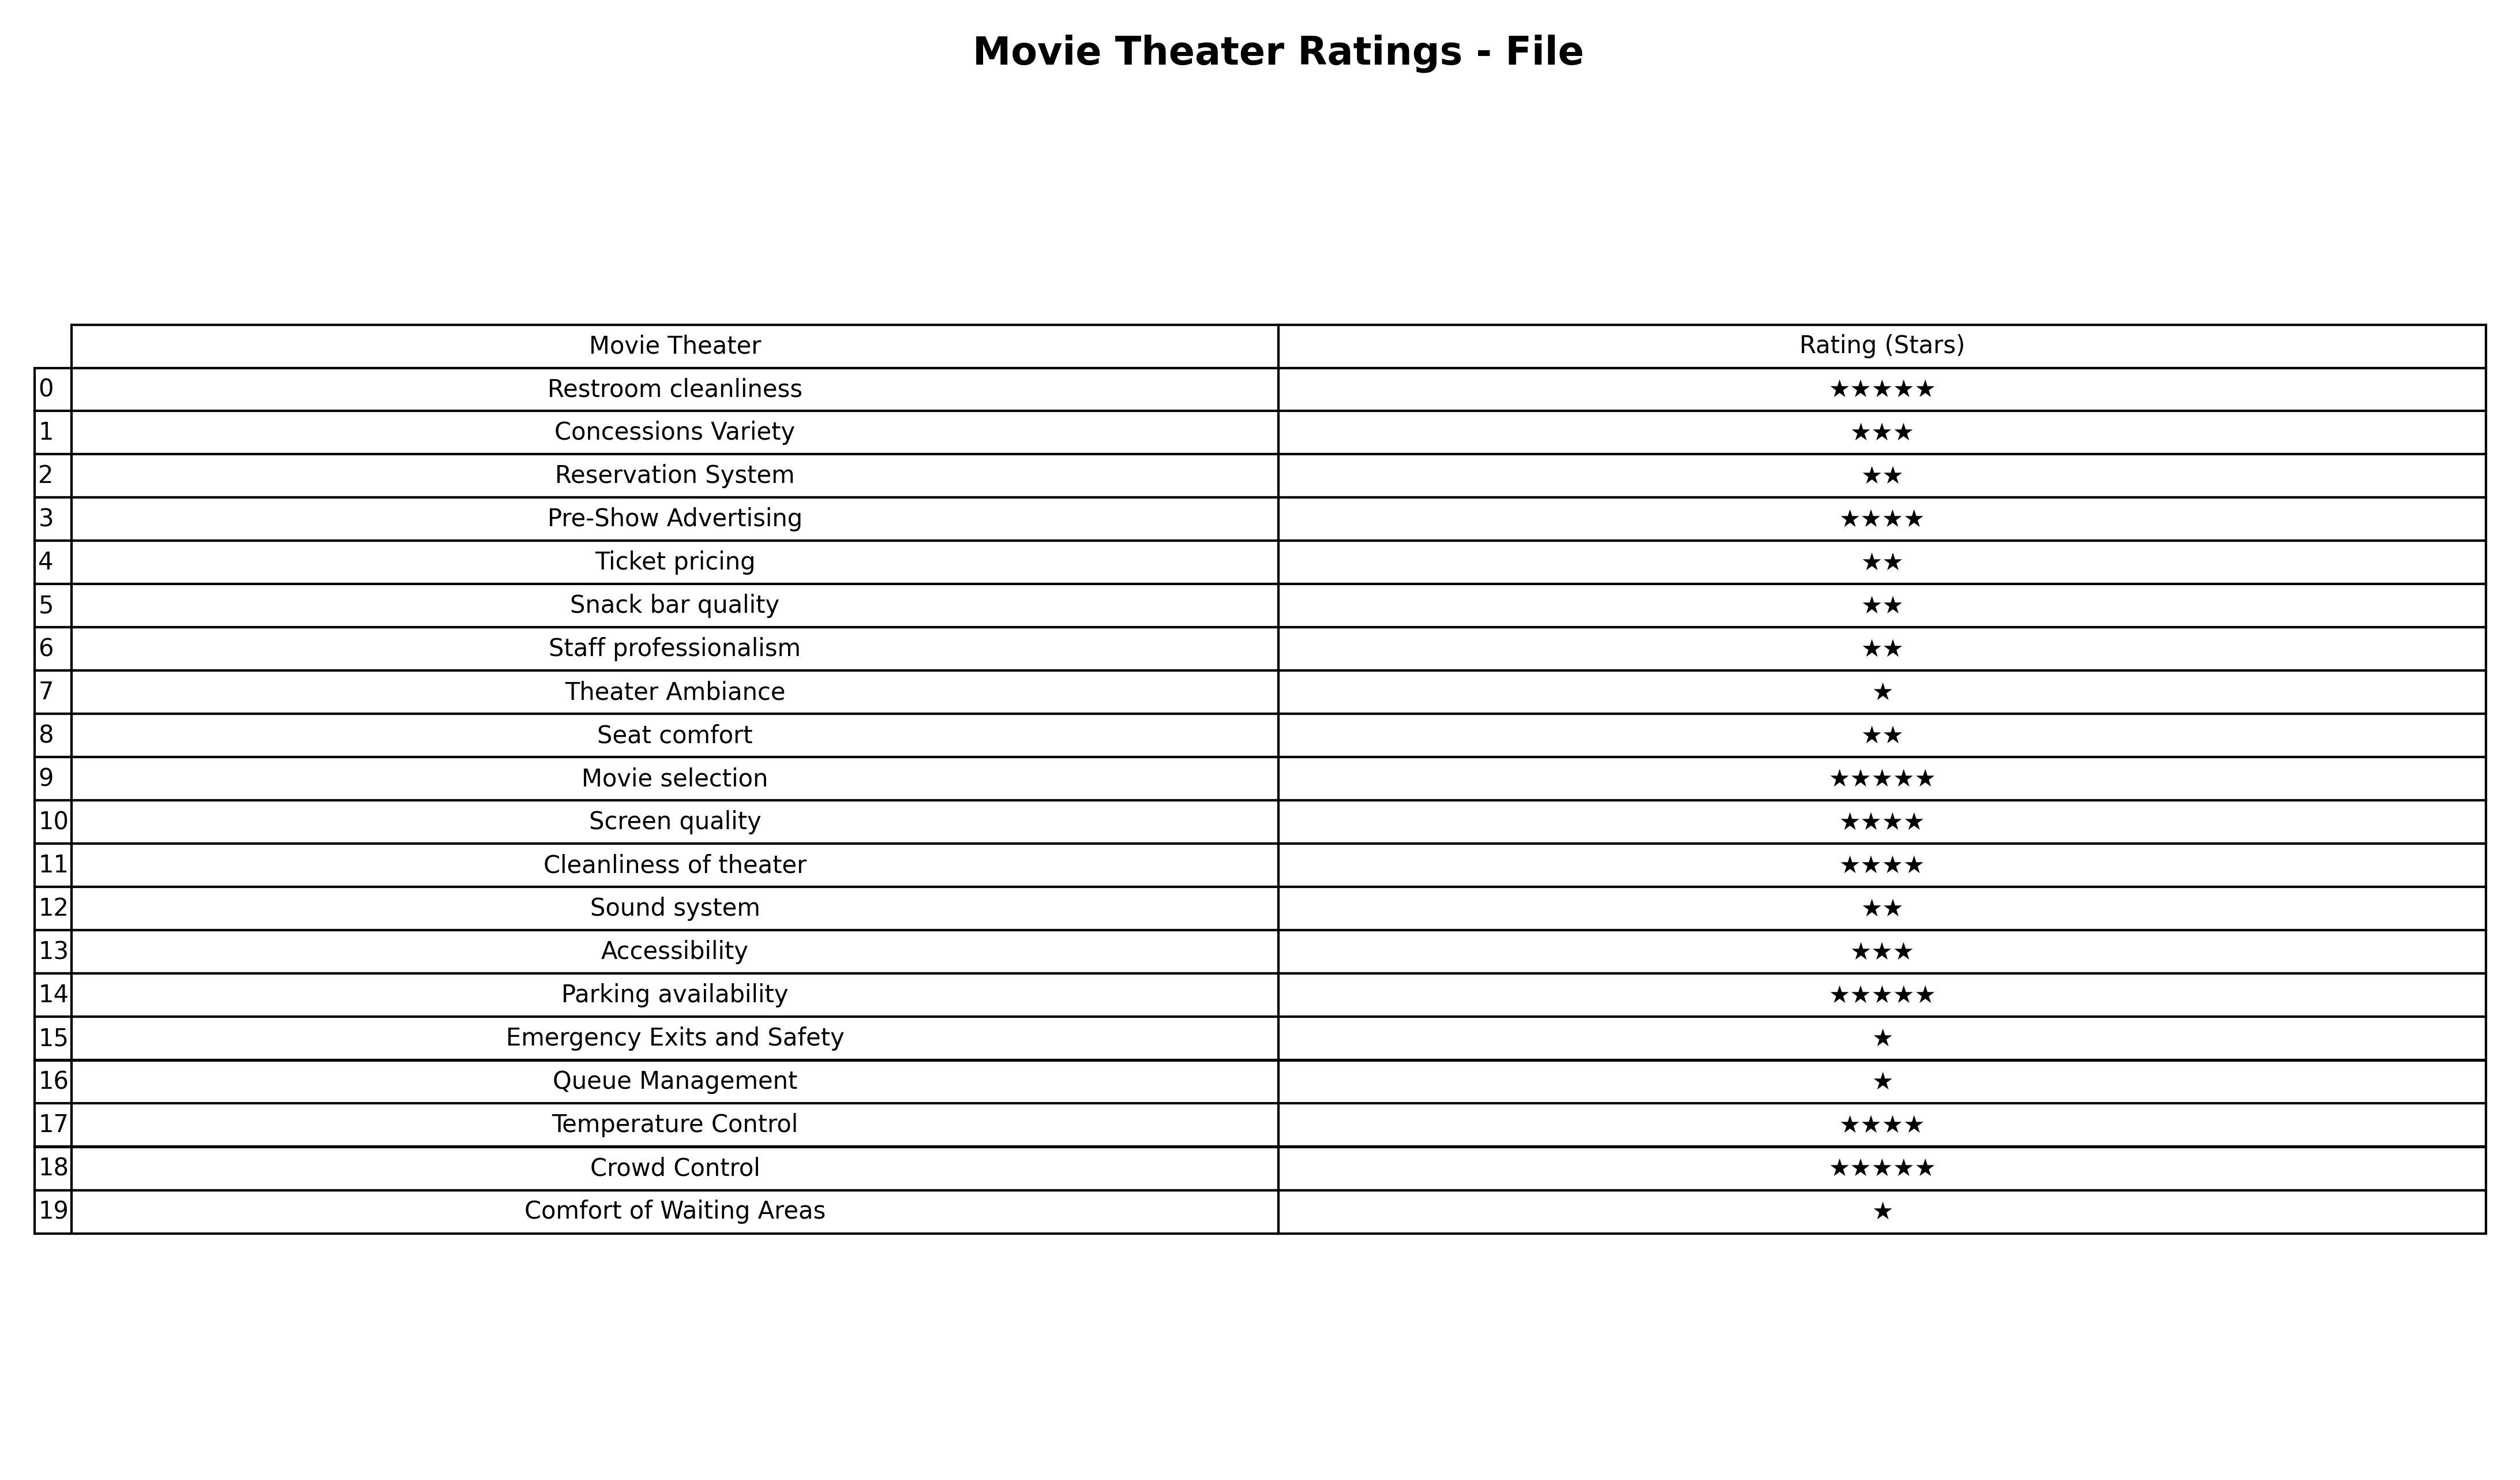
question: What are three star services?
answer: Concessions VarietyAccessibility